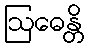
ဩဓေန္တိ